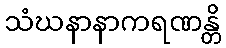
သံဃနာနာကရဏန္တိ